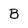
Character: B